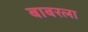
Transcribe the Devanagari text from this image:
बाबरला